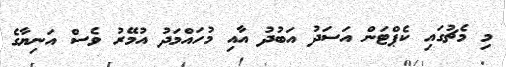
މި މެޗުގައި ކެޕްޓަން އަސަދު އަބުދު އާއި މުހައްމަދު އުމޭރު ވެސް އަނިޔާގެ